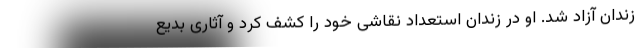
زندان آزاد شد. او در زندان استعداد نقاشی خود را کشف کرد و آثاری بدیع